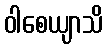
ဝါစေယျာသိ